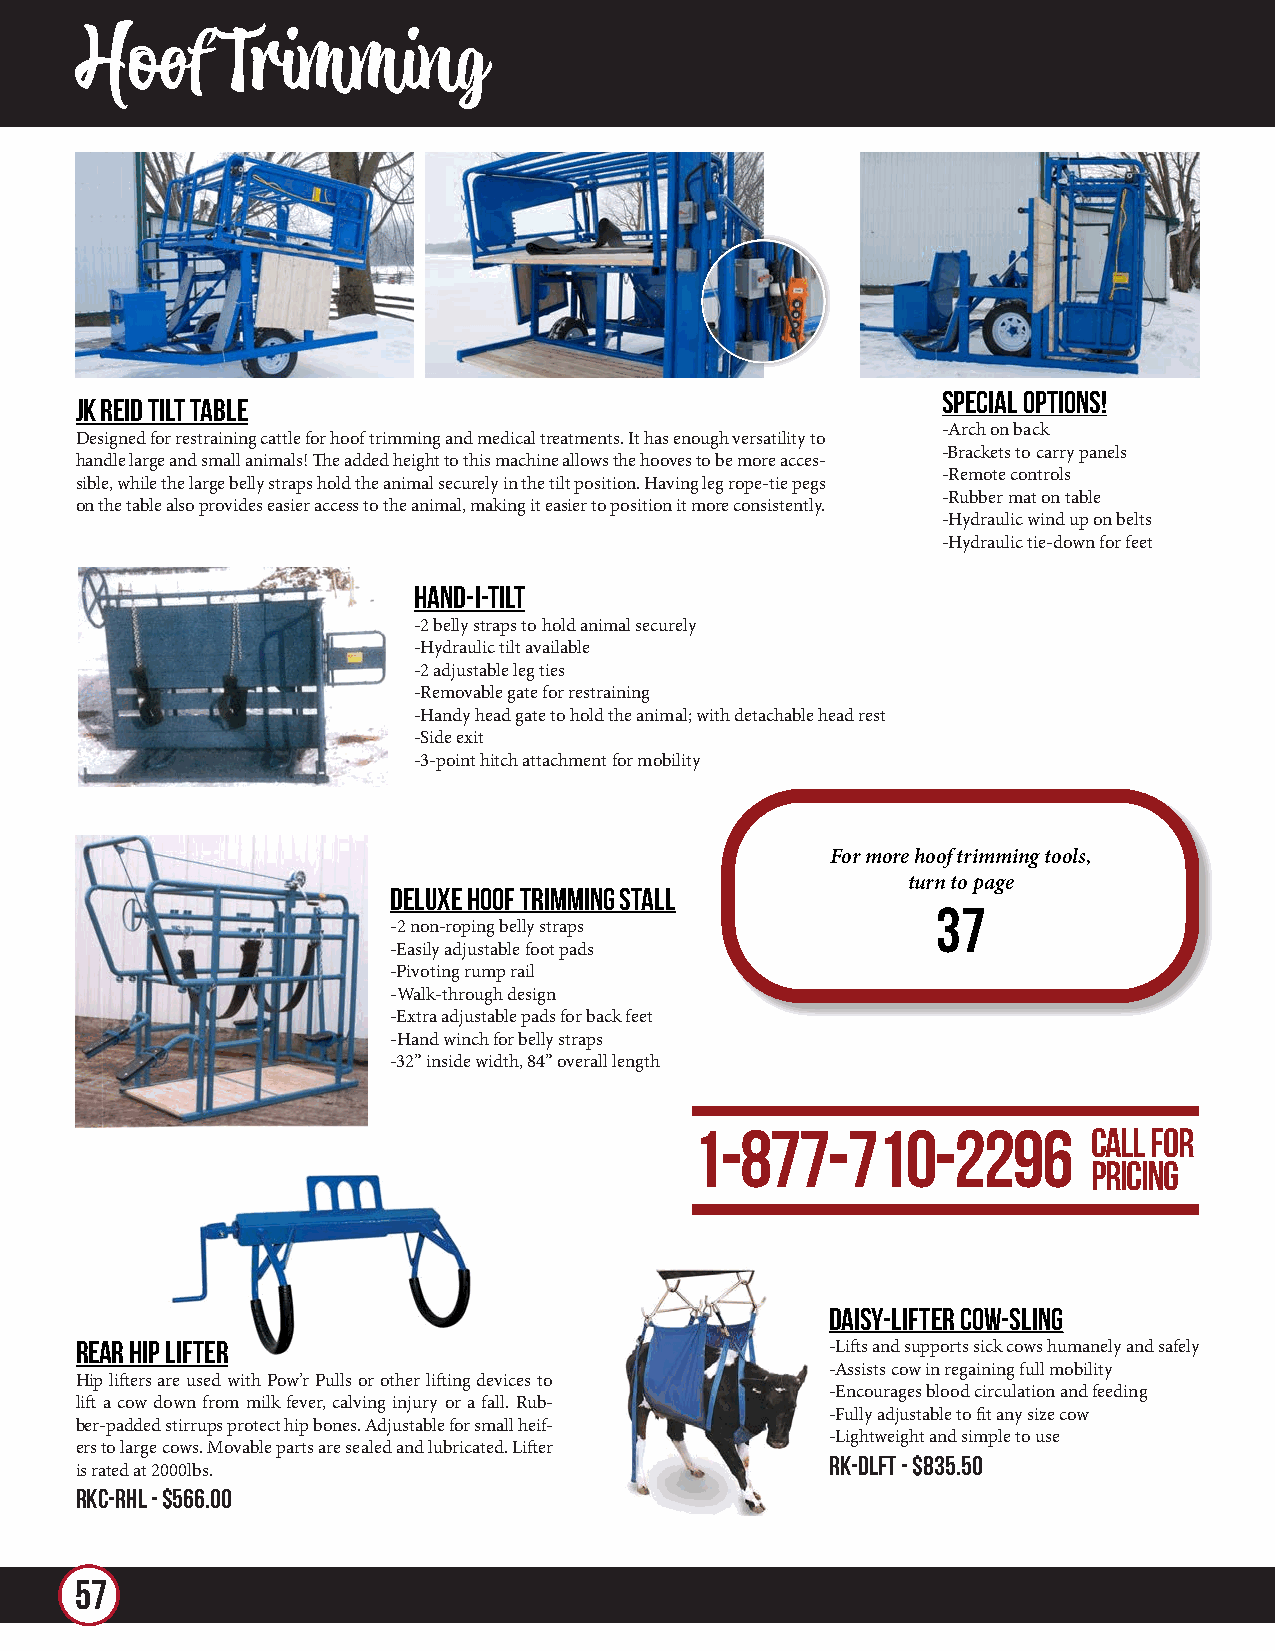
Hoof      Trimming
 Special Options!
 JK Reid Tilt Table
 -Arch on back
 Designed for restraining cattle for hoof trimming and medical treatments. It has enough versatility to
 -Brackets to carry panels
 handle large and small animals! The added height to this machine allows the hooves to be more acces-
 -Remote controls
 sible, while the large belly straps hold the animal securely in the tilt position. Having leg rope-tie pegs
 -Rubber mat on table
 on the table also provides easier access to the animal, making it easier to position it more consistently.
 -Hydraulic wind up on belts
 -Hydraulic tie-down for feet
 Hand-I-Tilt
 -2 belly straps to hold animal securely
 -Hydraulic tilt available
 -2 adjustable leg ties
 -Removable gate for restraining
 -Handy head gate to hold the animal; with detachable head rest
 -Side exit
 -3-point hitch attachment for mobility
 For more hoof trimming tools,
 turn to page
 Deluxe Hoof Trimming Stall
 37
 -2 non-roping belly straps
 -Easily adjustable foot pads
 -Pivoting rump rail
 -Walk-through design
 -Extra adjustable pads for back feet
 -Hand winch for belly straps
 -32” inside width, 84” overall length
 1-877-710-2296            call for
 pricing
 Daisy-Lifter Cow-sling
 Rear Hip Lifter                                   -Lifts and supports sick cows humanely and safely
 -Assists cow in regaining full mobility
 Hip lifters are used with Pow’r Pulls or other lifting devices to
 -Encourages blood circulation and feeding
 lift a cow down from milk fever, calving injury or a fall. Rub-
 -Fully adjustable to fit any size cow
 ber-padded stirrups protect hip bones. Adjustable for small heif-
 -Lightweight and simple to use
 ers to large cows. Movable parts are sealed and lubricated. Lifter
 RK-DLFT - $835.50
 is rated at 2000lbs.
 RKC-RHL - $566.00
 57